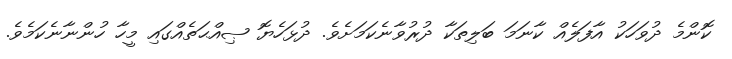
ކޮންމެ ދުވަހަކު އާފަލެއް ކާނަމަ ބަލިތަކާ ދުރުވާނެކަމަށެވެ. ދުޅަހެޔޮ ޞިއްޙަތެއްގައި މީހާ ހުންނާނެކަމެވެ.